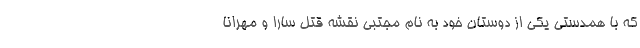
که با همدستی یکی از دوستان خود به نام مجتبی نقشه قتل سارا و مهرانا